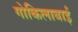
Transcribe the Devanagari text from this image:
गोकिलाबाई